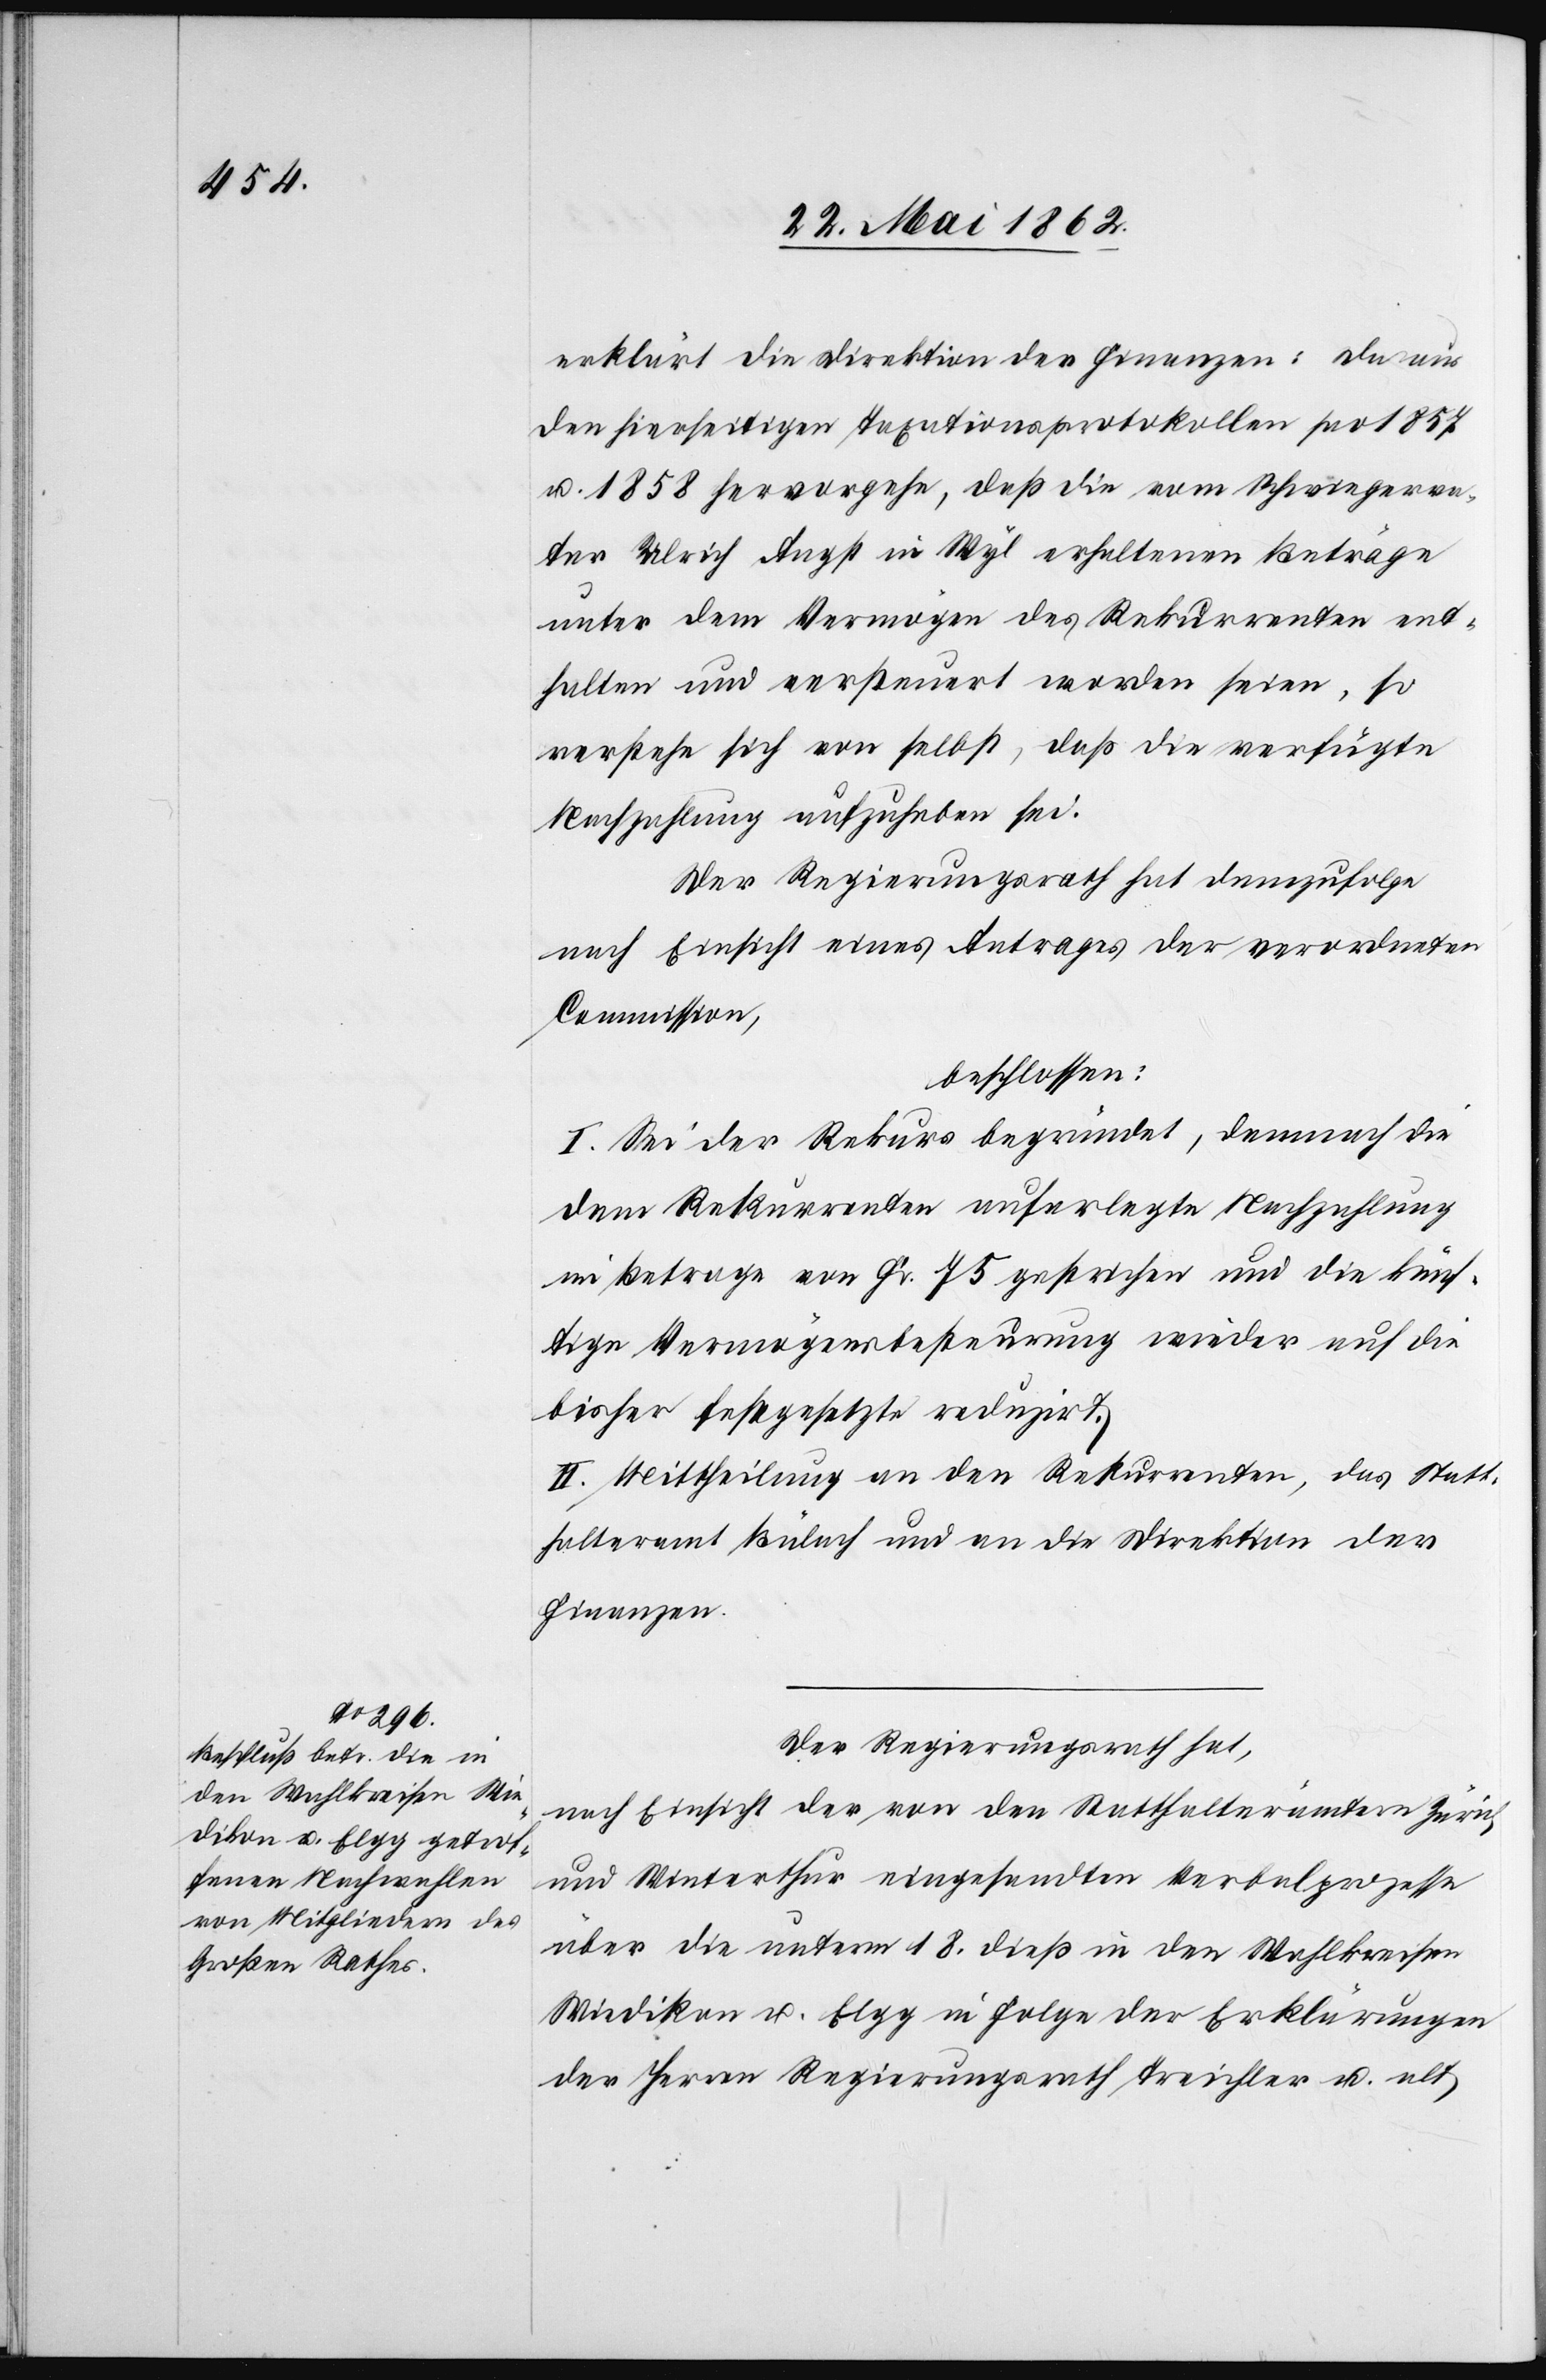
erklärt die Direktion der Finanzen: Da aus
den hierseitigen Taxationsprotokollen pro 1857
u. 1858 hervorgehe, daß die vom Schwiegerva¬
ter Ulrich Angst in Wyl erhaltenen Beträge
unter dem Vermögen des Rekurrenten ent¬
halten und versteuert worden seien, so
verstehe sich von selbst, daß die verfügte
Nachzahlung aufzuheben sei.
Der Regierungsrath hat demzufolge
nach Einsicht eines Antrages der verordneten
Commission,
beschlossen:
I. Sei der Rekurs begründet, demnach die
dem Rekurrenten auferlegte Nachzahlung
im Betrage von Fr. 75 gestrichen und die künf¬
tige Vermögensbesteuerung wieder auf die
bisher festgesetzte reduzirt.
II. Mittheilung an den Rekurrenten, das Statt¬
halteramt Bülach und an die Direktion der
Finanzen.
Der Regierungsrath hat,
nach Einsicht der von den Statthalterämtern Zürich
und Winterthur eingesandten Verbalprozesse
über die unterm 18. dieß in den Wahlkreisen
Wiedikon u. Elgg in Folge der Erklärungen
der Herren Regierungsrath Treichler u. alt